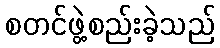
စတင်ဖွဲ့စည်းခဲ့သည်